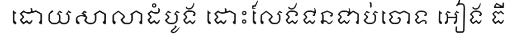
ដោយសាលាដំបូង ដោះលែងជនជាប់ចោទ អៀង ធី